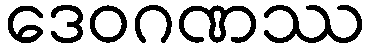
ဒေဝဂဏဿ